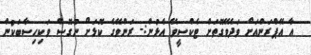
އާ އޭޕްރަންއަށް ވަދެވޭގޮތަށް ޓެކްސީވޭ އެޅުން:- ރަންވޭގެ ކޮޅަށް ނުގޮސް ވަކިހިސާބަކުން